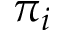
\pi _ { i }